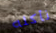
نأكله